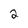
Character: 2